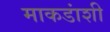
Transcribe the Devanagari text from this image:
माकडांशी